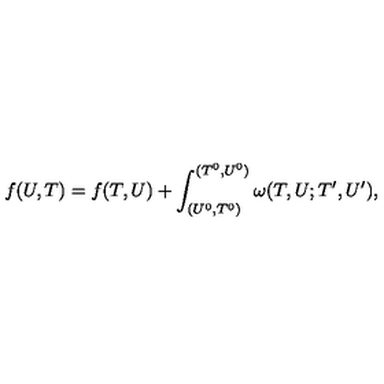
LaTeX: f ( U , T ) = f ( T , U ) + \int _ { ( U ^ { 0 } , T ^ { 0 } ) } ^ { ( T ^ { 0 } , U ^ { 0 } ) } \omega ( T , U ; T ^ { \prime } , U ^ { \prime } ) ,